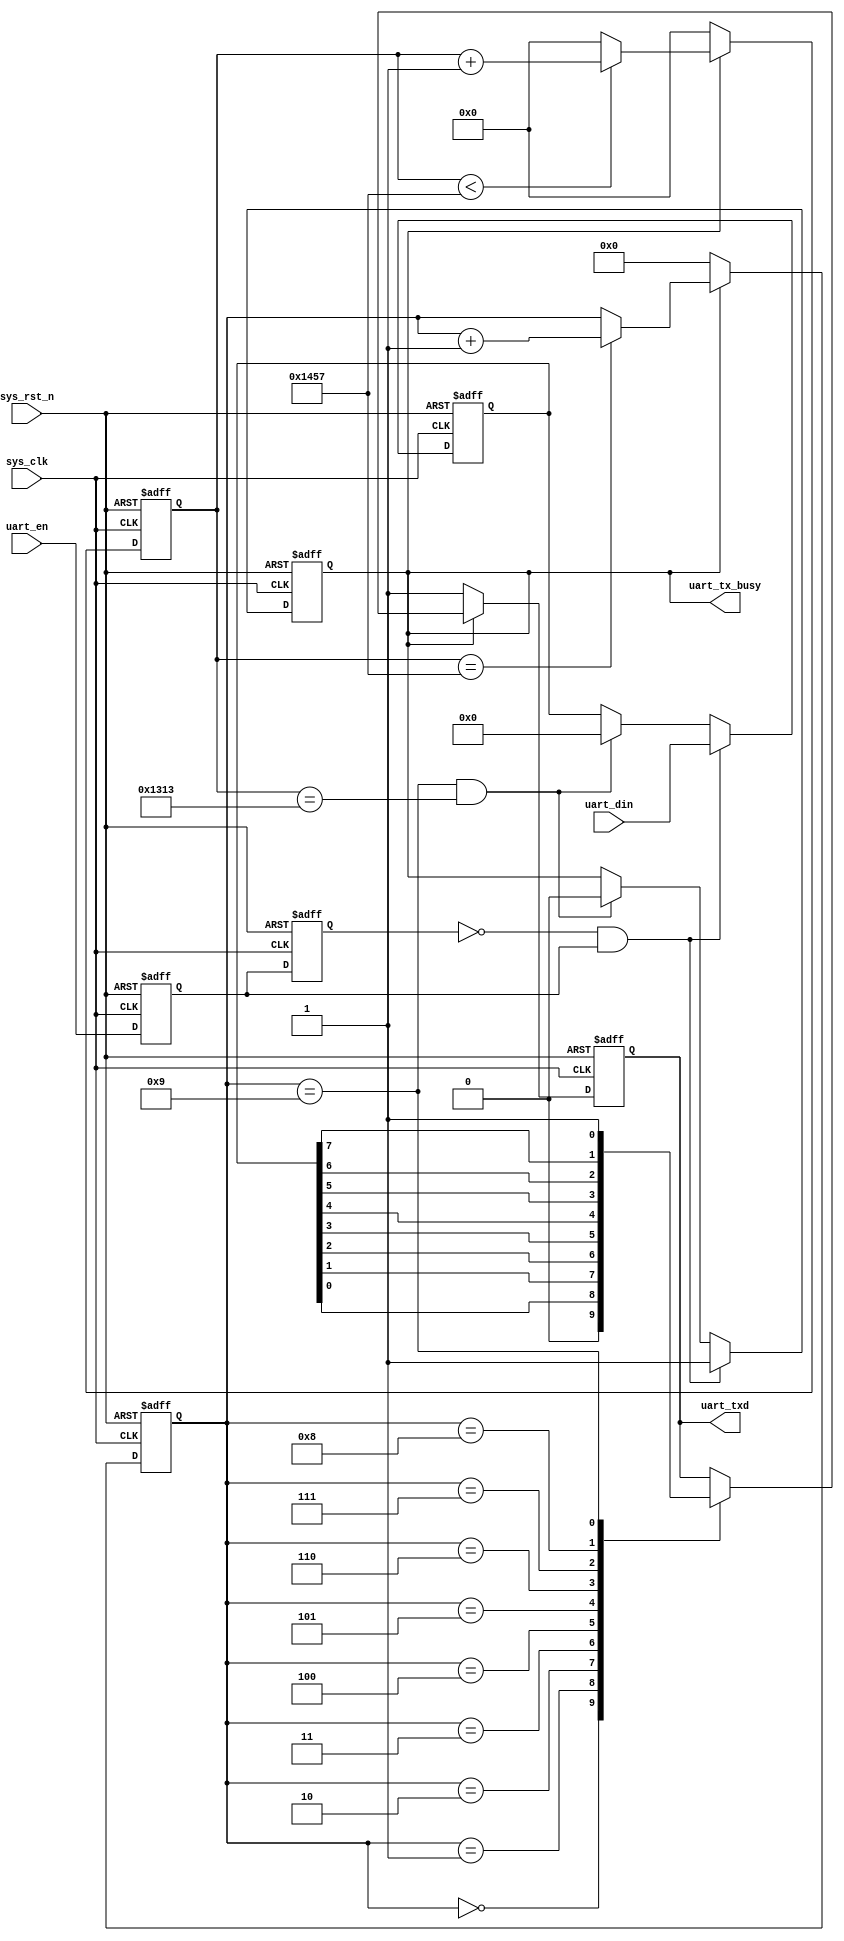
/*
 * @Descripttion: 
 * @Author: ISMY
 * @contact: mingyu_shu@tju.edu.cn
 * @version: 
 * @Date: 2024-03-26 10:45:42
 * @LastEditors: ISMY
 * @LastEditTime: 2024-03-26 15:02:30
 */

module uart_send(
    input	      sys_clk,                   //system clock
    input         sys_rst_n,                 //system reset, active low
    
    input         uart_en,                   //transmit enable signal
    input  [7:0]  uart_din,                  //data to be sent
    output        uart_tx_busy,              //transmit busy status flag      
    output  reg   uart_txd                   //UART transmit port
    );
    
//parameter define
parameter  CLK_FREQ = 50000000;             //system clock frequency
parameter  UART_BPS = 9600;                 //serial port baud rate
localparam  BPS_CNT  = CLK_FREQ/UART_BPS;   //to get the specified baud rate, count BPS_CNT times on the system clock

//reg define
reg        uart_en_d0; 
reg        uart_en_d1;  
reg [15:0] clk_cnt;                         //system clock counter
reg [ 3:0] tx_cnt;                          //send data counter
reg        tx_flag;                         //transmit process flag signal
reg [ 7:0] tx_data;                         //registering transmit data

//wire define
wire       en_flag;


assign uart_tx_busy = tx_flag;

assign en_flag = (~uart_en_d1) & uart_en_d0;

// delay the transmit enable signal uart_en by two clock cycles.
always @(posedge sys_clk or negedge sys_rst_n) begin         
    if (!sys_rst_n) begin
        uart_en_d0 <= 1'b0;                                  
        uart_en_d1 <= 1'b0;
    end                                                      
    else begin                                               
        uart_en_d0 <= uart_en;                               
        uart_en_d1 <= uart_en_d0;                            
    end
end

// when the pulse signal en_flag arrives, the data to be sent is stored and the sending process is started.          
always @(posedge sys_clk or negedge sys_rst_n) begin         
    if (!sys_rst_n) begin                                  
        tx_flag <= 1'b0;
        tx_data <= 8'd0;
    end 
    else if (en_flag) begin                 //transmit enable rising edge detected                    
            tx_flag <= 1'b1;                //entering the transmit process, flag bit tx_flag is pulled high
            tx_data <= uart_din;            //to register the data to be sent
        end
                                            //count to the end of the stop bit, stop sending process
        else if ((tx_cnt == 4'd9) && (clk_cnt == BPS_CNT -(BPS_CNT/16))) begin                                       
            tx_flag <= 1'b0;                //end of transmit process, flag bit tx_flag pulled low
            tx_data <= 8'd0;
        end
        else begin
            tx_flag <= tx_flag;
            tx_data <= tx_data;
        end 
end

// start the system clock counter after entering the sending process
always @(posedge sys_clk or negedge sys_rst_n) begin         
    if (!sys_rst_n)                             
        clk_cnt <= 16'd0;                                  
    else if (tx_flag) begin                 //in the process of sending
        if (clk_cnt < BPS_CNT - 1)
            clk_cnt <= clk_cnt + 1'b1;
        else
            clk_cnt <= 16'd0;               //clear the system clock after counting up to one baud rate cycle
    end
    else                             
        clk_cnt <= 16'd0; 				    //end of the sending process
end

// the transmit data counter is activated when the transmit process is entered.
always @(posedge sys_clk or negedge sys_rst_n) begin         
    if (!sys_rst_n)                             
        tx_cnt <= 4'd0;
    else if (tx_flag) begin                 //in the process of sending
        if (clk_cnt == BPS_CNT - 1)			//counting up to one baud rate cycle on the system clock
            tx_cnt <= tx_cnt + 1'b1;		//then the transmit data counter is incremented by 1
        else
            tx_cnt <= tx_cnt;       
    end
    else                              
        tx_cnt  <= 4'd0;				    //end of sending process
end

// assign a value to the uart transmit port based on the transmit data counter.
always @(posedge sys_clk or negedge sys_rst_n) begin        
    if (!sys_rst_n)  
        uart_txd <= 1'b1;        
    else if (tx_flag)
        case(tx_cnt)
            4'd0: uart_txd <= 1'b0;         //start Bit 
            4'd1: uart_txd <= tx_data[0];   //data bit lowest bit
            4'd2: uart_txd <= tx_data[1];
            4'd3: uart_txd <= tx_data[2];
            4'd4: uart_txd <= tx_data[3];
            4'd5: uart_txd <= tx_data[4];
            4'd6: uart_txd <= tx_data[5];
            4'd7: uart_txd <= tx_data[6];
            4'd8: uart_txd <= tx_data[7];   //data bit highest bit
            4'd9: uart_txd <= 1'b1;         //stop bit
            default: ;
        endcase
    else 
        uart_txd <= 1'b1;                   //transmit port is high when idle
end

endmodule